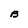
Character: B